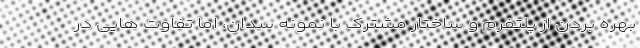
بهره بردن از پلتفرم و ساختار مشترک با نمونه سدان، اما تفاوت هایی در